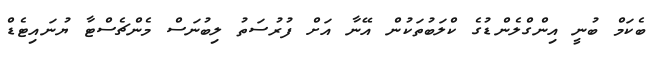
ބެކަމް ބުނީ އިންގްލެންޑުގެ ކްލަބުތަކުން އޭނާ އަށް ފުރުސަތު ލިބުނަސް މެންޗެސްޓާ ޔުނައިޓެޑް